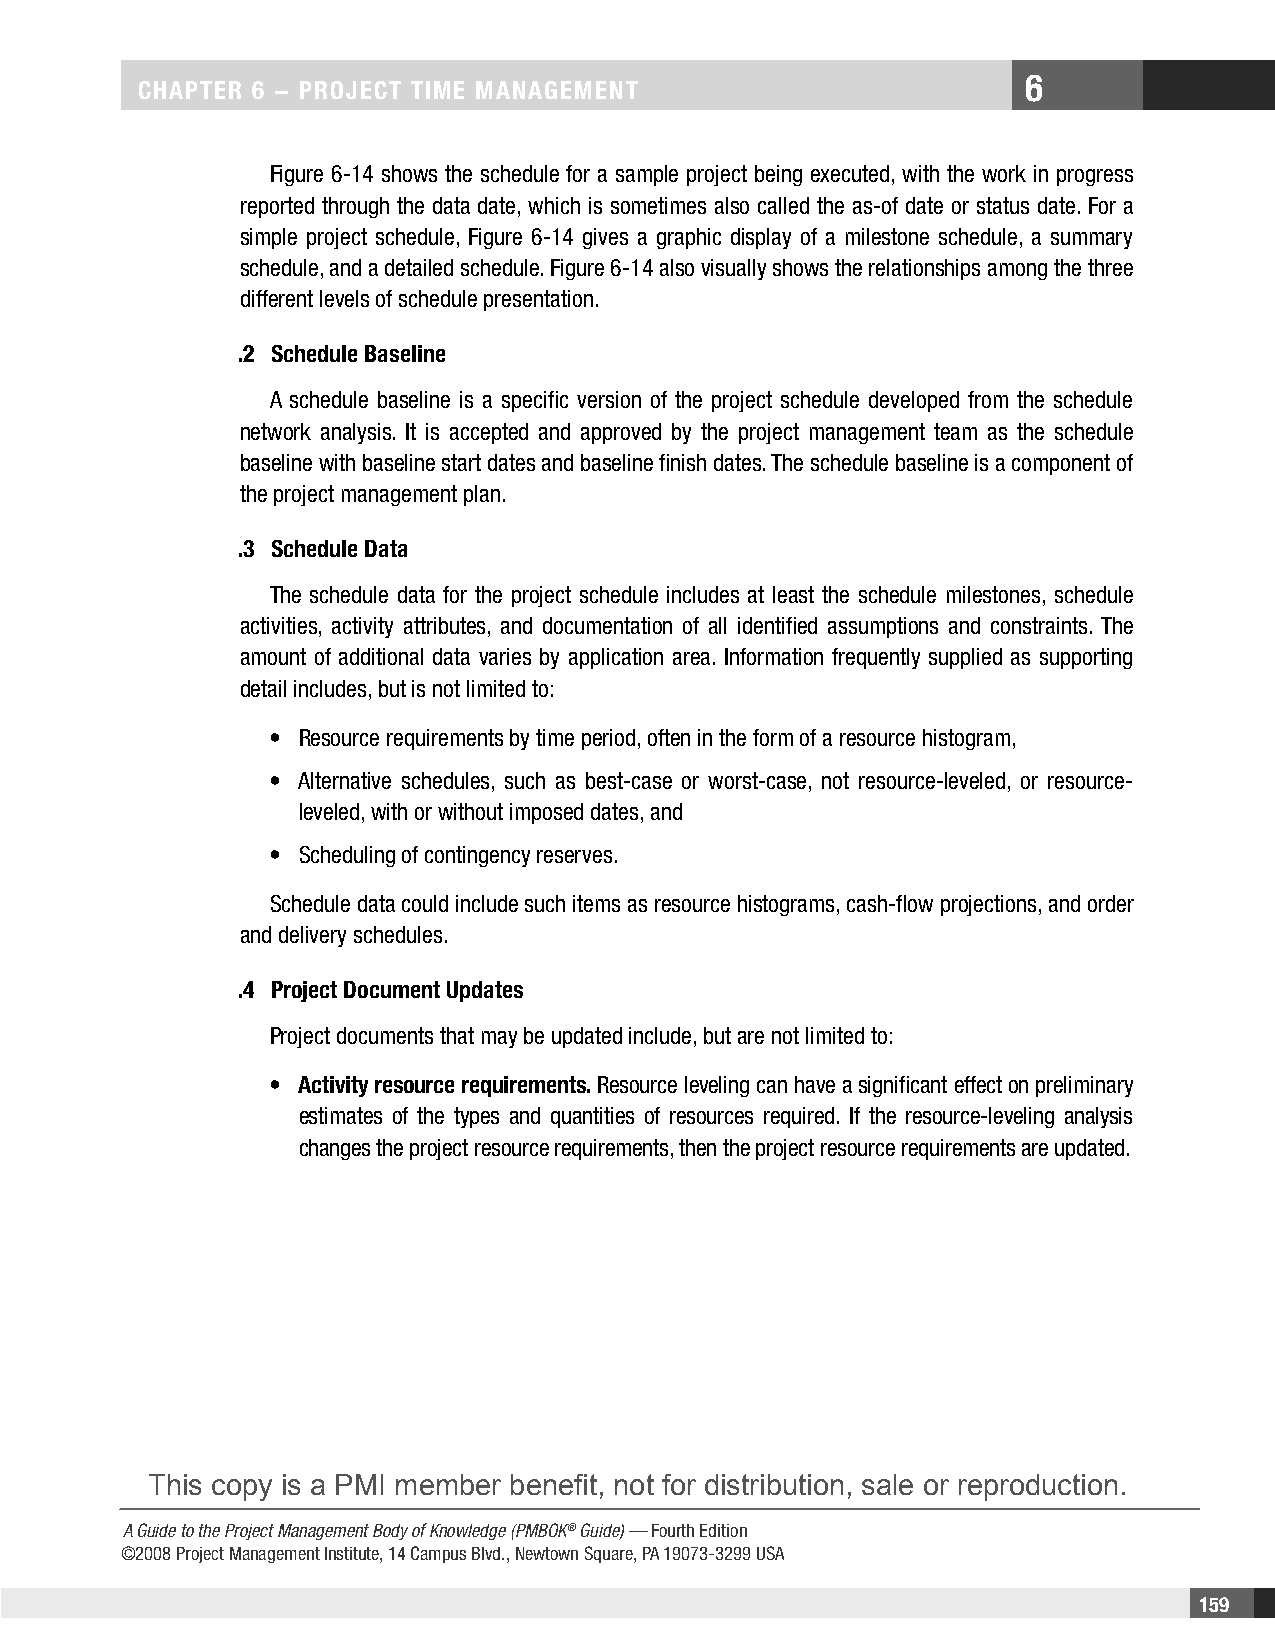
6
 CHAPTER 6 − PRojECT TimE mAnAgEmEnT
 Figure 6-14 shows the schedule for a sample project being executed, with the work in progress
 reported through the data date, which is sometimes also called the as-of date or status date. For a
 simple project schedule, Figure 6-14 gives a graphic display of a milestone schedule, a summary
 schedule, and a detailed schedule. Figure 6-14 also visually shows the relationships among the three
 different levels of schedule presentation.
 .2 Schedule Baseline
 A schedule baseline is a specific version of the project schedule developed from the schedule
 network analysis. It is accepted and approved by the project management team as the schedule
 baseline with baseline start dates and baseline finish dates. The schedule baseline is a component of
 the project management plan.
 .3 Schedule Data
 The schedule data for the project schedule includes at least the schedule milestones, schedule
 activities, activity attributes, and documentation of all identified assumptions and constraints. The
 amount of additional data varies by application area. Information frequently supplied as supporting
 detail includes, but is not limited to:
 • Resource requirements by time period, often in the form of a resource histogram,
 • Alternative schedules, such as best-case or worst-case, not resource-leveled, or resource-
 leveled, with or without imposed dates, and
 • Scheduling of contingency reserves.
 Schedule data could include such items as resource histograms, cash-flow projections, and order
 and delivery schedules.
 .4 Project Document Updates
 Project documents that may be updated include, but are not limited to:
 • Activity resource requirements. Resource leveling can have a significant effect on preliminary
 estimates of the types and quantities of resources required. If the resource-leveling analysis
 changes the project resource requirements, then the project resource requirements are updated.
 This copy is a PMI member benefit, not for distribution, sale or reproduction.
 A Guide to the Project Management Body of Knowledge (PMBOK® Guide) — Fourth Edition
 ©2008 Project Management Institute, 14 Campus Blvd., Newtown Square, PA 19073-3299 USA
 159